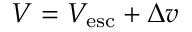
V = V _ { \mathrm { e s c } } + \Delta v